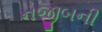
નજીબની